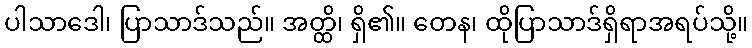
ပါသာဒေါ၊ ပြာသာဒ်သည်။ အတ္ထိ၊ ရှိ၏။ တေန၊ ထိုပြာသာဒ်ရှိရာအရပ်သို့။